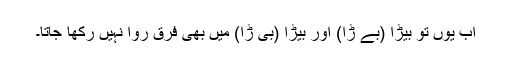
اب یوں تو بیڑا (بے ڑا) اور بیڑا (بی ڑا) میں بھی فرق روا نہیں رکھا جاتا۔